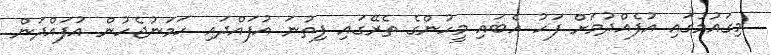
މިގައުމުގައި އުފެއްދުމަށް ފަހު އެބައި މީހުންގެ ތެރޭގައި ފިތުނަ އުފައްދައި ހަމަނުޖެހުން އުފައްދަން